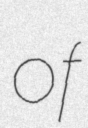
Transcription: of